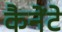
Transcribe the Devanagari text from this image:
कैनेंटे